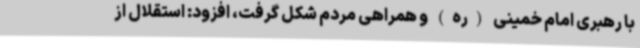
با رهبری امام خمینی (ره) و همراهی مردم شکل گرفت، افزود: استقلال از